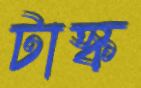
টাস্ক